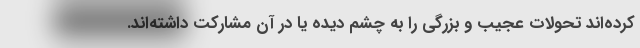
كرده‌اند تحولات عجيب و بزرگي را به چشم ديده يا در آن مشاركت داشته‌اند.